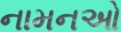
નામનઓ